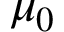
\mu _ { 0 }